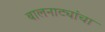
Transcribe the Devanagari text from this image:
बालनाट्यांचा